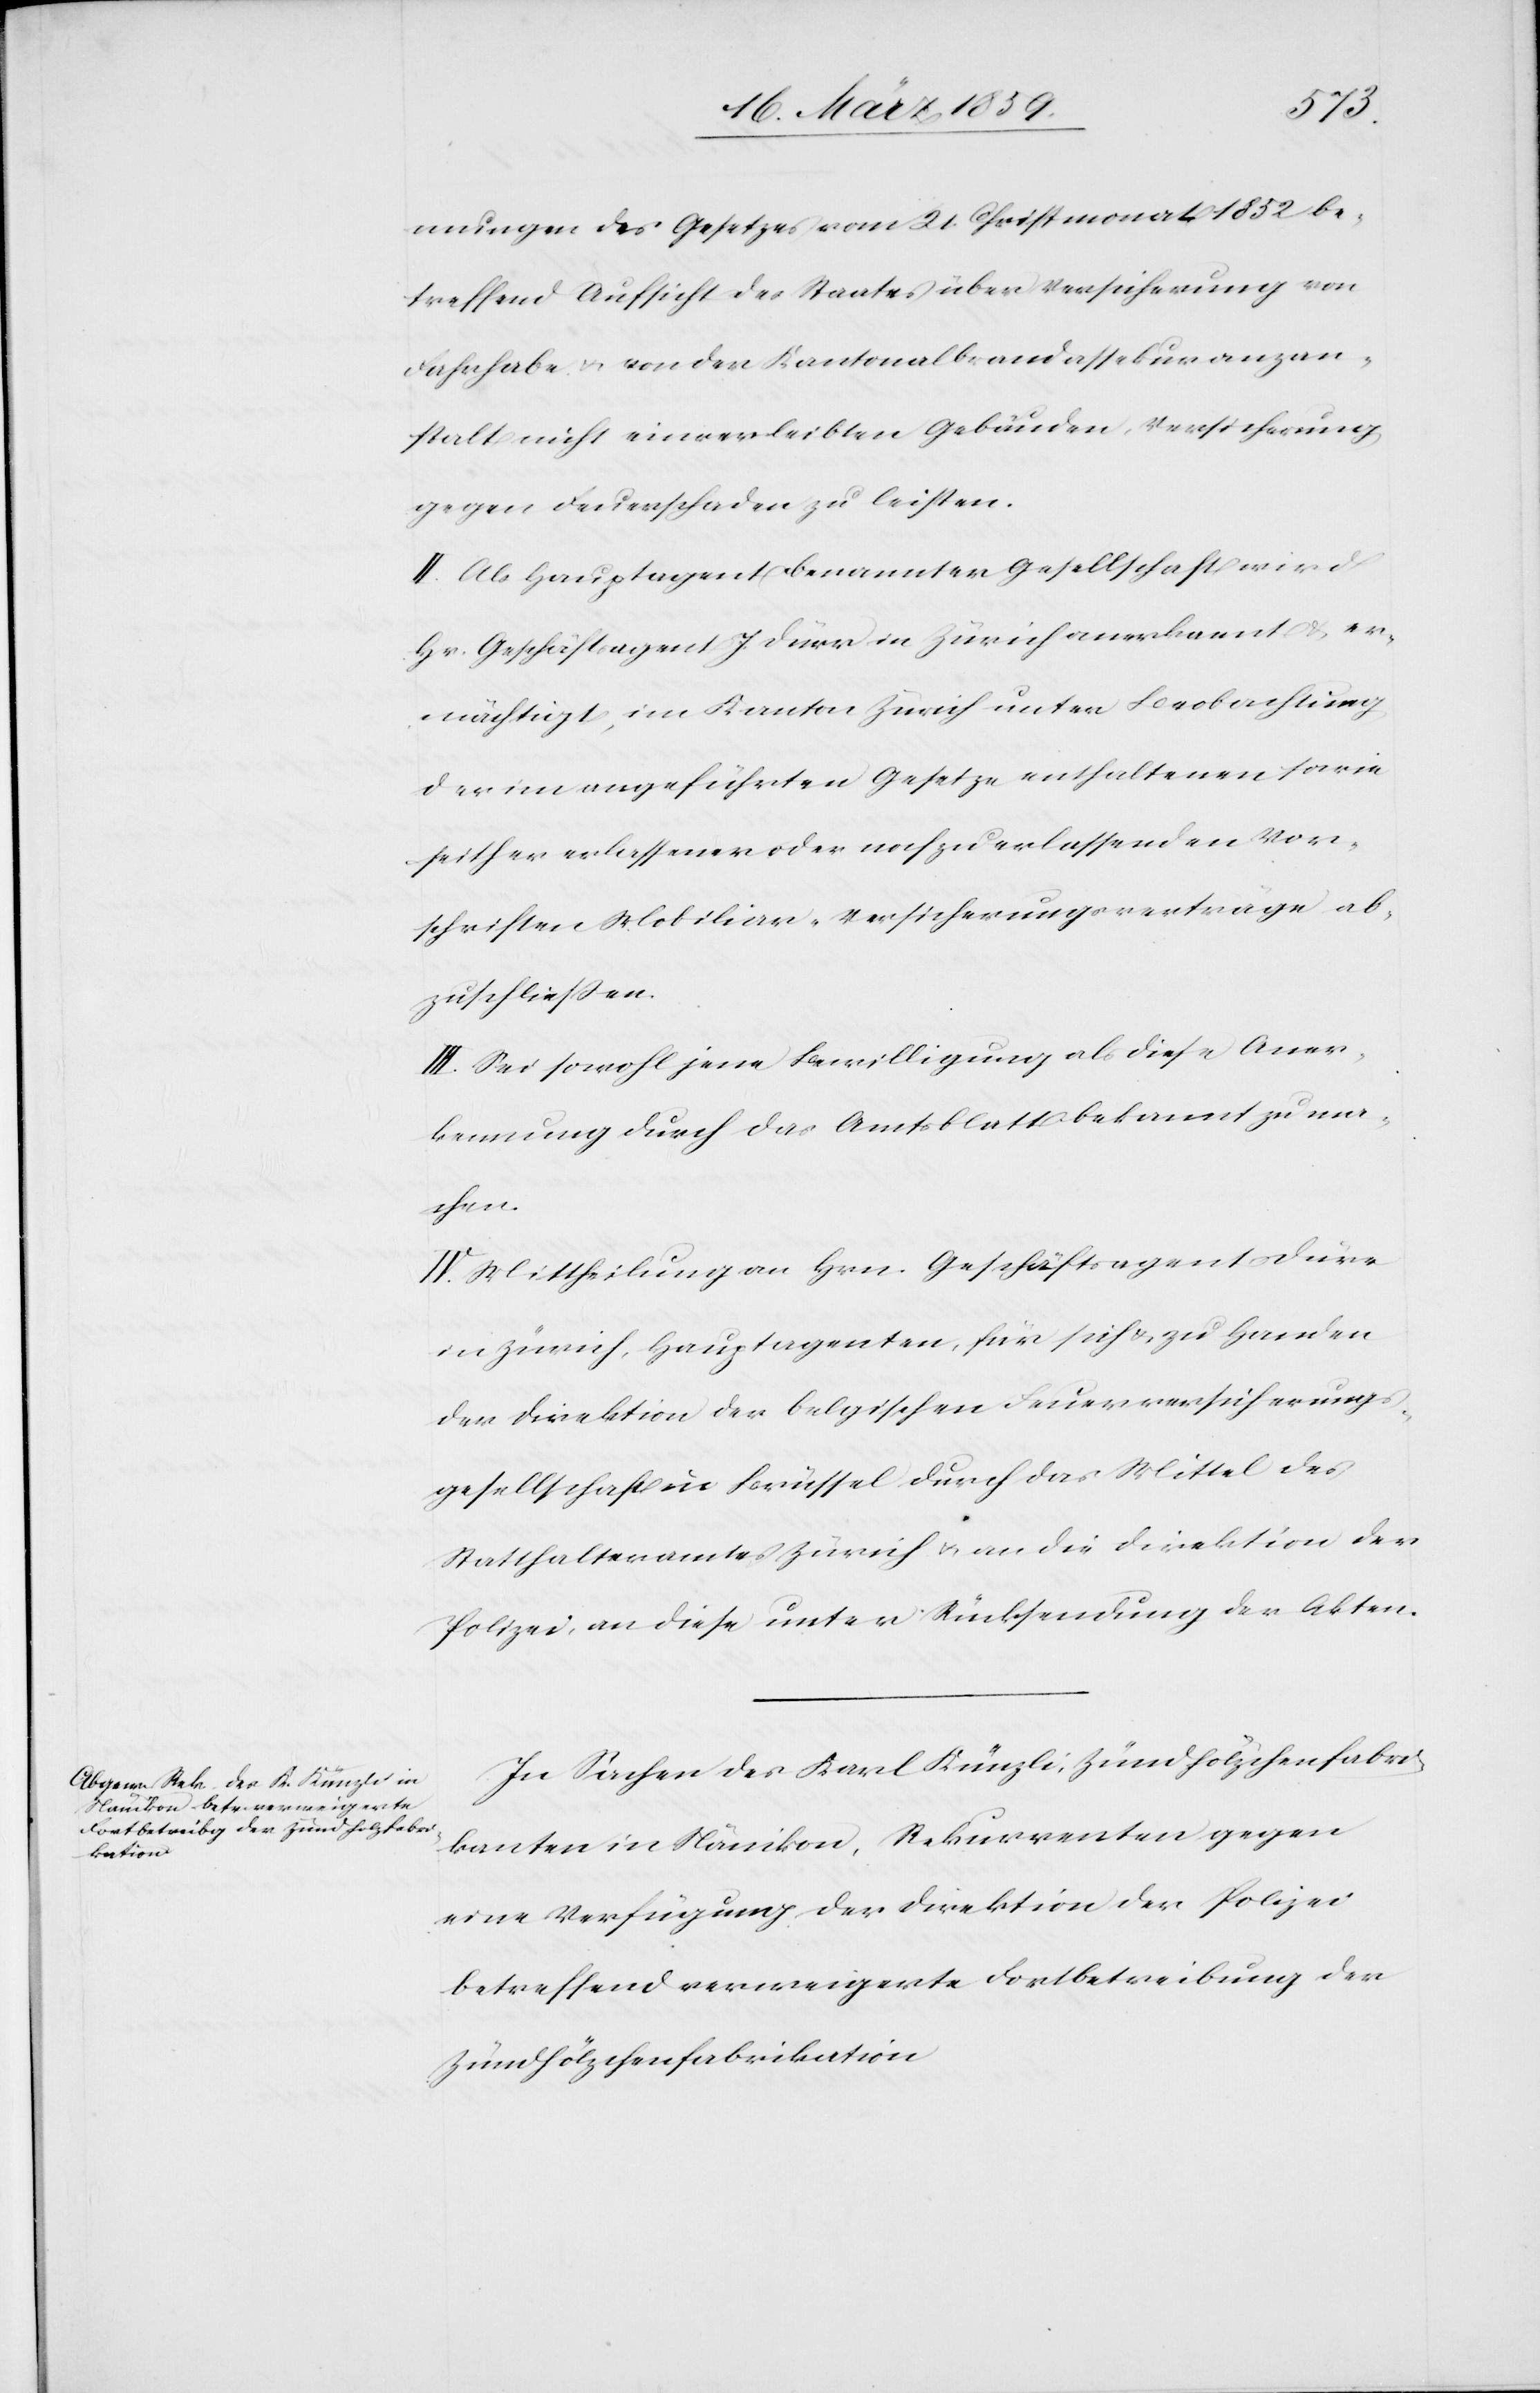
mungen des Gesetzes vom 21. Christmonat 1852 be¬
treffend Aufsicht des Staates über Versicherung von
Fahrhabe u. von der Kantonalbrandassekuranzan¬
stalt nicht einverleibten Gebäuden, Versicherung
gegen Feuerschaden zu leisten.
II. Als Hauptagent benannter Gesellschaft wird
Hr. Geschäftsagent J. Dürr in Zürich anerkannt & er¬
mächtigt, im Kanton Zürich unter Beobachtung
der im angeführten Gesetze enthaltenen sowie
seither erlassenen oder noch zu erlassenden Vor¬
schriften Mobiliar-Versicherungsverträge ab¬
zuschließen.
III. Sei sowohl jene Bewilligung als diese Aner¬
kennung durch das Amtsblatt bekannt zu ma¬
chen.
IV: Mittheilung an Hrn. Geschäftsagent Dürr
in Zürich, Hauptagent, für sich & zu Handen
der Direktion der belgischen Feuerversicherungs¬
gesellschaft in Brüssel durch das Mittel des
Statthalteramtes Zürich u. an die Direktion der
Polizei, an diese unter Rücksendung der Akten.
In Sachen des Karl Künzli, Zündhölzchenfabri¬
kanten in Nänikon, Rekurrenten gegen
eine Verfügung der Direktion der Polizei
betreffend verweigerte Fortbetreibung der
Zündhölzchenfabrikation